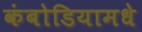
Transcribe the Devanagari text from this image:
कंबोडियामधे